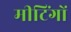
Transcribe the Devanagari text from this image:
मीटिंगों